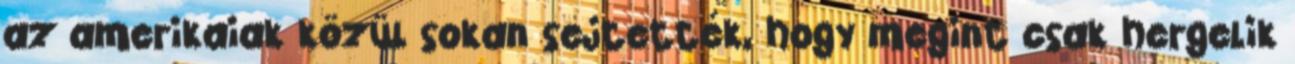
az amerikaiak közül sokan sejtették, hogy megint csak hergelik